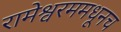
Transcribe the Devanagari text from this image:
रामेश्वरममधूनच